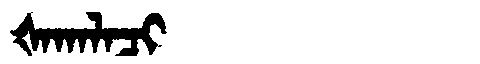
Manchu: ᡧᠠᡴᠠᠯᠠᠴᡳ
Romanization: ŠAKALACI